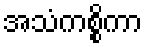
အသံကစ္စိကာ